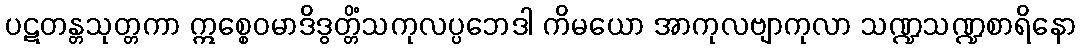
ပဋတန္တသုတ္တကာ ဣစ္စေဝမာဒိဒွတ္တိံသကုလပ္ပဘေဒါ ကိမယော အာကုလဗျာကုလာ သဏ္ဍသဏ္ဍစာရိနော